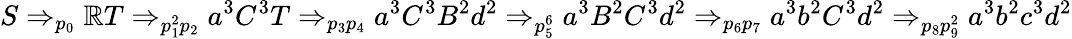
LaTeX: S\Rightarrow_{p_{0}}\mathbb{R}T\Rightarrow_{p_{1}^{2}p_{2}}a^{3}C^{3}T\Rightarrow_{p_{3}p_{4}}a^{3}C^{3}B^{2}d^{2}\Rightarrow_{p_{5}^{6}}a^{3}B^{2}C^{3}d^{2}\Rightarrow_{p_{6}p_{7}}a^{3}b^{2}C^{3}d^{2}\Rightarrow_{p_{8}p_{9}^{2}}a^{3}b^{2}c^{3}d^{2}